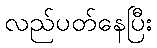
လည်ပတ်နေပြီး